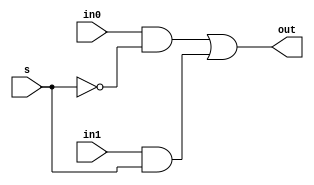
module MUX_2X1(out,s,in0,in1);
input in0,in1,s;
output out;
not(s_bar,s);
and(out1,in0,s_bar);
and(out2,in1,s);
or(out,out1,out2);
endmodule